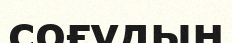
соғудың